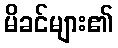
မိခင်များ၏